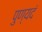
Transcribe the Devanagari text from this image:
पुण्यदं